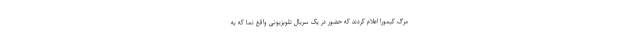
مرگ کیمورا اعلام کردند که حضور در یک سریال تلویزیونی واقع نما که به